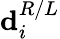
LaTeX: \mathbf{d}_{i}^{R/L}